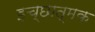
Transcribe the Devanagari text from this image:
इच्छात्मक